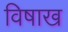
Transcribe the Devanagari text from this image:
विषाख